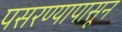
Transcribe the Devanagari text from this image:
पसरण्यापासून